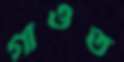
গাওত